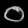
Digit: ၀